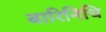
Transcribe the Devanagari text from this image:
बारिनिधि